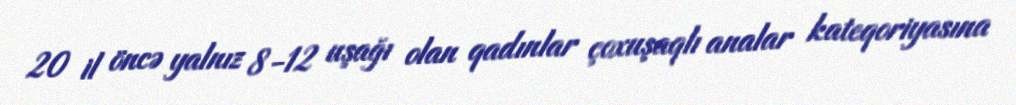
20 il öncə yalnız 8-12 uşağı olan qadınlar çoxuşaqlı analar kateqoriyasına